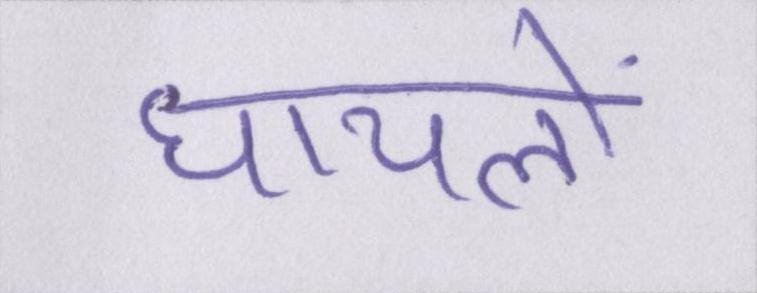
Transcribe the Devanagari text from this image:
घायलों